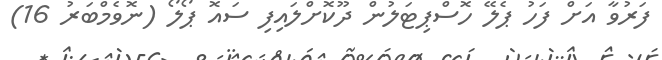
ފަރުވާ އަށް ފަހު ޕެލޭ ހޮސްޕިޓަލުން ދޫކޮށްލައިފި ސައޮ ޕޯލޯ (ނޮވެމްބަރު 16)